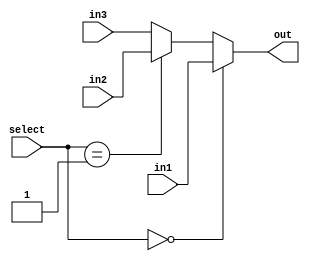
module mux3x1(input [23:0] in1, input [23:0] in2,input [23:0] in3, input [1:0] select, output reg [23:0] out);
    always @(*) begin
        if (select==0) begin
            out <= in1;
        end else if (select==1)  begin
            out <= in2;
		end else begin
            out <= in3;
        end
    end
endmodule